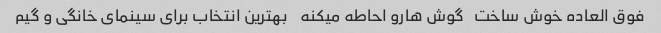
فوق العاده خوش ساخت   گوش هارو احاطه میکنه    بهترین انتخاب برای سینمای خانگی و گیم